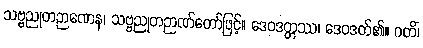
သဗ္ဗညုတဉာဏေန၊ သဗ္ဗညုတဉာဏ်တော်ဖြင့်။ ဒေဝဒတ္တဿ၊ ဒေဝဒတ်၏။ ဂတိံ၊